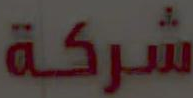
شركة